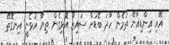
އޭއި އިންޑިއާނޭ ތަމެން ހާދަ ބޮޑަށް ސައިޒު އޮޅިގެން ތިޔާ އުޅެނީ އިނގޭތޭ